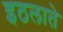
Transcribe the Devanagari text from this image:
इठलाते